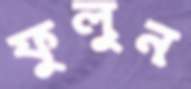
ফুলুন